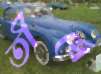
তীর্থে